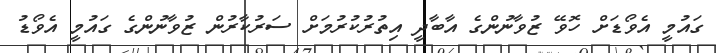
ގައުމީ އެވޯޑަށް ހޮވޭ ޒުވާނުންގެ އާބާދީ އިތުރުކުރުމަށް ސަރުކާރުން ޒުވާނުންގެ ގައުމީ އެވޯޑު